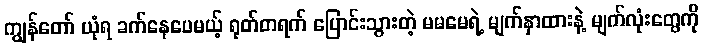
ကျွန်တော် ယုံရ ခက်နေပေမယ့် ရုတ်တရက် ပြောင်းသွားတဲ့ မမမေရဲ့ မျက်နှာထားနဲ့ မျက်လုံးတွေကို